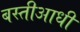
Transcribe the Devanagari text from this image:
बस्तीआधी